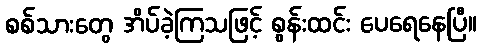
စစ်သားတွေ အိပ်ခဲ့ကြသဖြင့် စွန်းထင်း ပေရေနေပြီ။